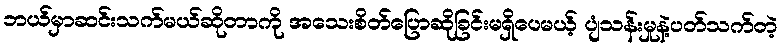
ဘယ်မှာဆင်းသက်မယ်ဆိုတာကို အသေးစိတ်ပြောဆိုခြင်းမရှိပေမယ့် ပျံသန်းမှုနဲ့ပတ်သက်တဲ့